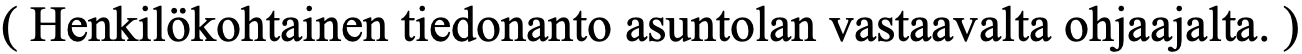
( Henkilökohtainen tiedonanto asuntolan vastaavalta ohjaajalta. )